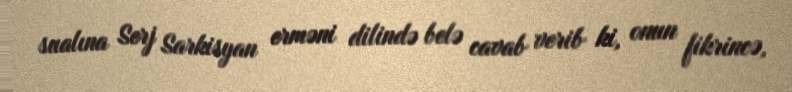
sualına Serj Sarkisyan erməni dilində belə cavab verib ki, onun fikrincə,